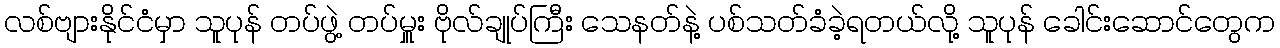
လစ်ဗျားနိုင်ငံမှာ သူပုန် တပ်ဖွဲ့ တပ်မှူး ဗိုလ်ချုပ်ကြီး သေနတ်နဲ့ ပစ်သတ်ခံခဲ့ရတယ်လို့ သူပုန် ခေါင်းဆောင်တွေက